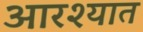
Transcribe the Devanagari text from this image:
आरश्यात